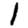
Digit: 1